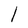
Character: l